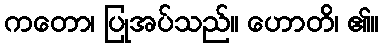
ကတော၊ ပြုအပ်သည်။ ဟောတိ၊ ၏။